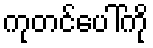
ကုတင်ပေါ်ကို